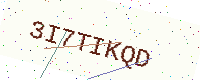
Text: 3I7TIKQD